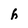
Character: h